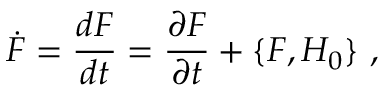
\dot { F } = \frac { d F } { d t } = \frac { \partial F } { \partial t } + \{ F , H _ { 0 } \} \ ,